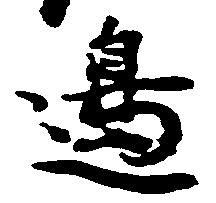
辺